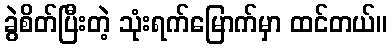
ခွဲစိတ်ပြီးတဲ့ သုံးရက်မြောက်မှာ ထင်တယ်။